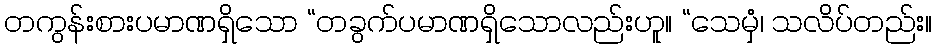
တကွန်းစားပမာဏရှိသော “တခွက်ပမာဏရှိသောလည်းဟူ။ “သေမှံ၊ သလိပ်တည်း။